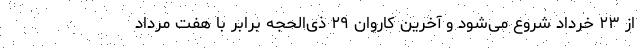
از ۲۳ خرداد شروع می‌شود و آخرین کاروان ۲۹ ذی‌الحجه برابر با هفت مرداد